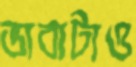
ভাবাটাও